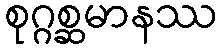
စုဂ္ဂစ္ဆမာနဿ